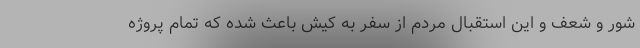
شور و شعف و این استقبال مردم از سفر به کیش باعث شده که تمام پروژه